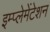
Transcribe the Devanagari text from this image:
इम्प्लेमेंटेशन